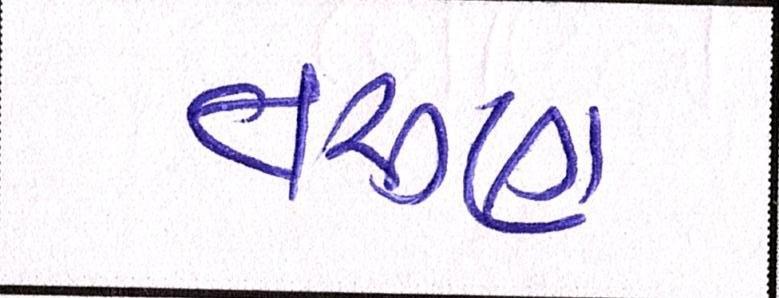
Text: તરુણ